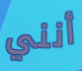
أنني